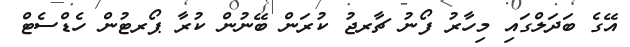
އޭގެ ބަދަލްގައި މިހާރު ފޯނު ޗާރޖު ކުރަން ބޭނުން ކުރާ ޕޯރޓުން ހެޑްސެޓް